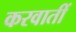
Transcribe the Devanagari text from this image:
करवातीं